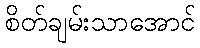
စိတ်ချမ်းသာအောင်